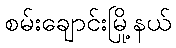
စမ်းချောင်းမြို့နယ်